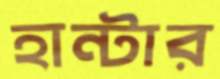
হান্টার